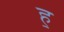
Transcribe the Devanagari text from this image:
ह॒